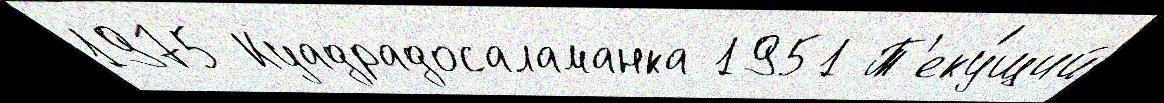
1975 Куадрадосаламанка 1951 Т'еку́щий